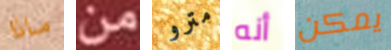
ماذا من مترو أنه يمكن